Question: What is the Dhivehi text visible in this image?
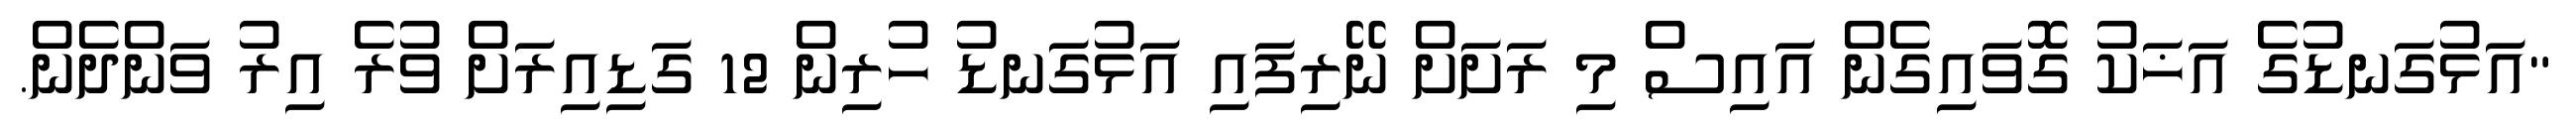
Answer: "އަޅުގަނޑުގެ އަޚަކު ގޮވައިގެން އައިސް މި ރަށަށް ނޭރިފައި އަޅުގަނޑު ހުރިން 12 ގަޑިއިރަށް ވުރެ އިރު ވަންދެން.